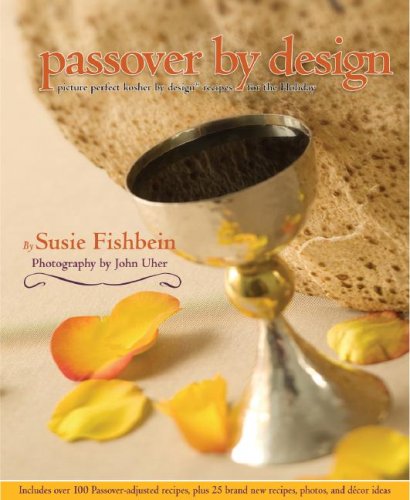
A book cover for Passover by Design: Picture-perfect Kosher by Design recipes for the holiday (Kosher by Design); Susie Fishbein; Cookbooks, Food & Wine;